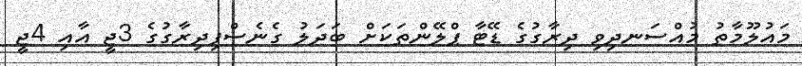
މައުލޫމާތު މުއްސަނދިވި ދިރާގުގެ ޑޭޓާ ޕްލޭންތަކަށް ބަދަލު ގެނެސްފިދިރާގުގެ 3ޖީ އާއި 4ޖީ